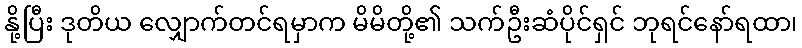
နို့ပြီး ဒုတိယ လျှောက်တင်ရမှာက မိမိတို့၏ သက်ဦးဆံပိုင်ရှင် ဘုရင်နော်ရထာ၊